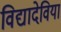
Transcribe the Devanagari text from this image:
विद्यादेवियां